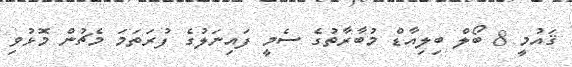
ޤައުމީ 8 ބޯލް ބިލިއާޑް މުބާރާތުގެ ސެމީ ފައިނަލުގެ ފުރަތަމަ މެޗުން މޮޅުވި